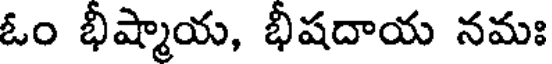
ఓం భీష్మాయ, భీషదాయ నమః